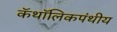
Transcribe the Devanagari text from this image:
कॅथॉलिकपंथीय